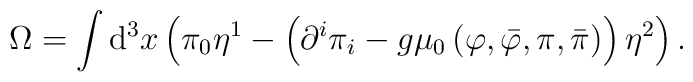
\Omega =\int \mathrm{d}^{3}x\left( \pi _{0}\eta ^{1}-\left( \partial ^{i}\pi_{i}-g\mu _{0}\left( \varphi ,\bar{\varphi},\pi ,\bar{\pi}\right) \right)\eta ^{2}\right) .